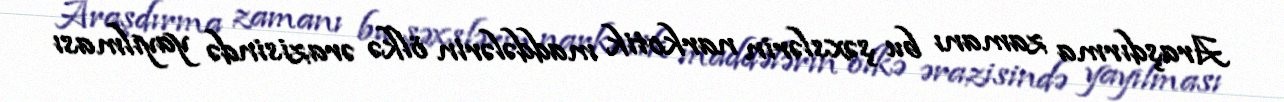
Araşdırma zamanı bu şəxslərin narkotik maddələrin ölkə ərazisində yayılması